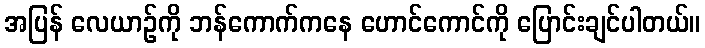
အပြန် လေယာဉ်ကို ဘန်ကောက်ကနေ ဟောင်ကောင်ကို ပြောင်းချင်ပါတယ်။